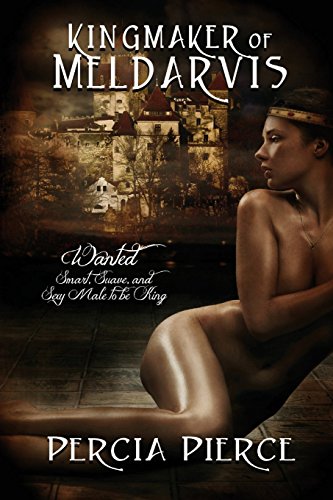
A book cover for Kingmaker of Meldarvis; Percia Pierce; Romance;